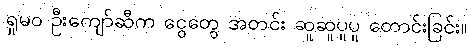
ရှုမဝ ဦးကျော်ဆီက ငွေတွေ အတင်း ဆူဆူပူပူ တောင်းခြင်း။